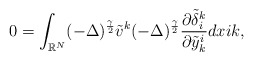
\begin{align*}0 = \displaystyle\int_{\mathbb{R}^N}(- \Delta)^{\frac{\gamma}{2}}\tilde{v}^k(- \Delta)^{\frac{\gamma}{2}} \frac{\partial\tilde{\delta}_{i}^k}{\partial \tilde{y}_{k}^i}dx i k,\end{align*}